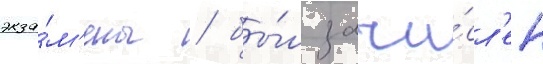
экза́м'ены / бы́л зачи́сл'ен